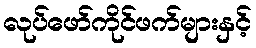
လုပ်ဖော်ကိုင်ဖက်များနှင့်